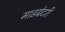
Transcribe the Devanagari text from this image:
माइग्रेटरी